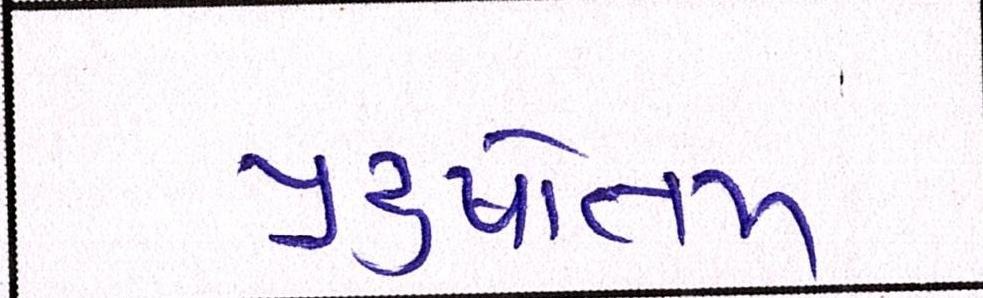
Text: પુરુષોત્તમ